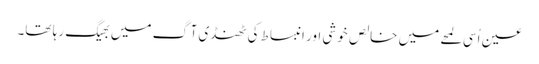
عین اُسی لمحے میں خالص خوشی اور انبساط کی ٹھنڈی آگ میں بھیگ رہا تھا۔